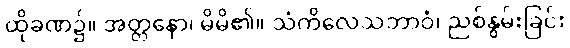
ထိုခဏ၌။ အတ္တနော၊ မိမိ၏။ သံကိလေသဘာဝံ၊ ညစ်နွမ်းခြင်း